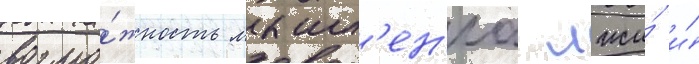
возмо́жность мышл'ен'иа лжи́ и́